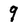
Character: 9